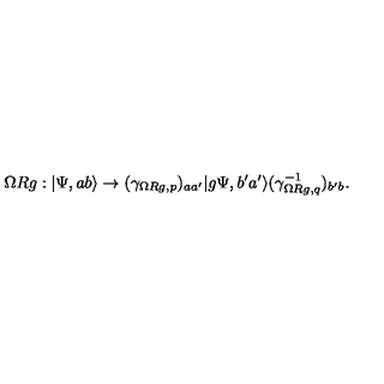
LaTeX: \Omega R g : | \Psi , a b \rangle \to ( \gamma _ { \Omega R g , p } ) _ { a a ^ { \prime } } | g \Psi , b ^ { \prime } a ^ { \prime } \rangle ( \gamma _ { \Omega R g , q } ^ { - 1 } ) _ { b ^ { \prime } b } .